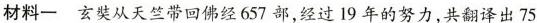
材料一玄奘从天竺带回佛经657部，经过19年的努力，共翻译出75